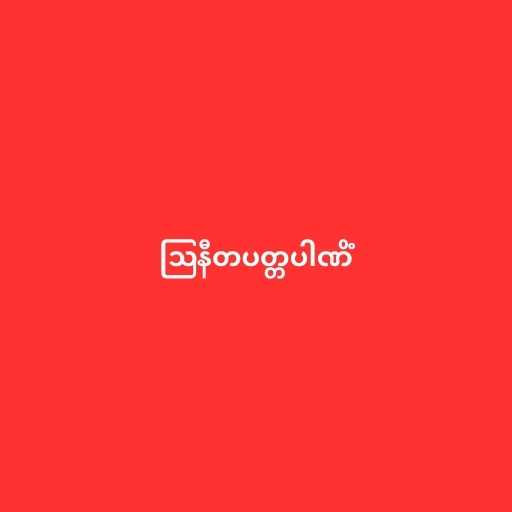
ဩနီတပတ္တပါဏိံ